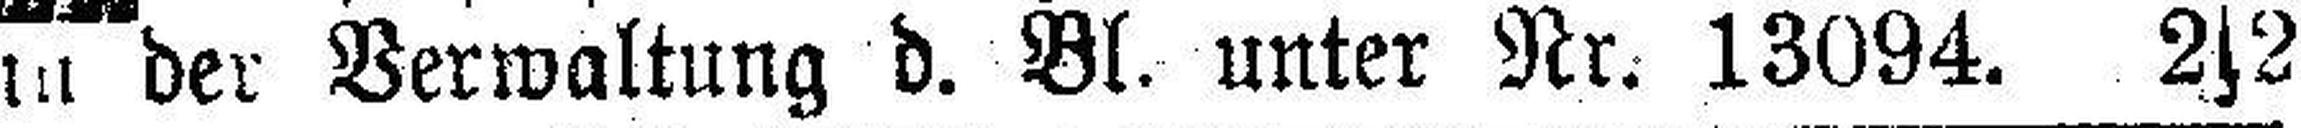
in der Verwaltung d. Bl. unter Nr. 13094. 2s2